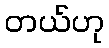
တယ်ဟု